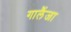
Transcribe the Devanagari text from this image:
गालैंजा